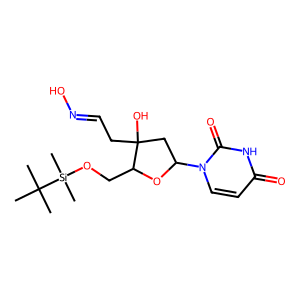
SMILES: CC(C)(C)[Si](C)(C)OCC1OC(n2ccc(=O)[nH]c2=O)CC1(O)CC=NO
Inhibits HIV replication: No